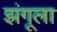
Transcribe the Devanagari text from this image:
झंगूला